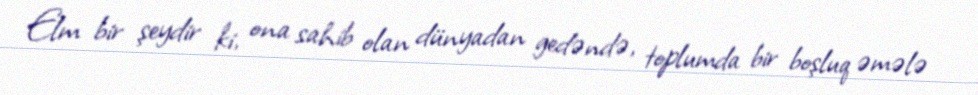
Elm bir şeydir ki, ona sahib olan dünyadan gedəndə, toplumda bir boşluq əmələ